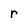
Character: r